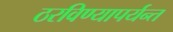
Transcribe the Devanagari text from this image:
ठरविण्यापर्यन्त